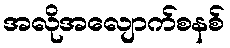
အလိုအလျောက်စနစ်